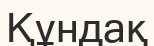
Құндақ